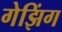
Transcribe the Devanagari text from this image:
गेझिंग